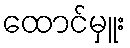
ထောင်မှူး